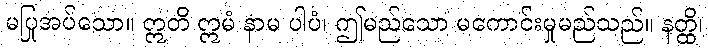
မပြုအပ်သော။ ဣတိ ဣမံ နာမ ပါပံ၊ ဤမည်သော မကောင်းမှုမည်သည်။ နတ္ထိ၊